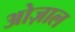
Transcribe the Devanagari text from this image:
ओज़ाल